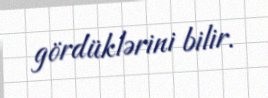
gördüklərini bilir.